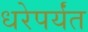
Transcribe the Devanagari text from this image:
धरेपर्यंत